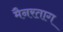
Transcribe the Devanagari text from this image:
मैनरताग